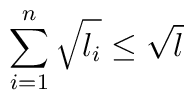
\sum_{i=1}^n \sqrt{l_i} \leq \sqrt{l}